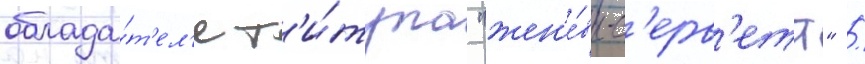
облада́т'ел'я т'и́тула "жен'е́вы-с'ерв'етт" /